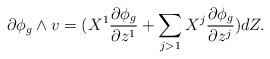
LaTeX: \begin{align*}\partial\phi_g\wedge v = (X^1 \frac{\partial\phi_g}{\partial z^1} + \sum_{j>1} X^j \frac{\partial\phi_g}{\partial z^j}) dZ. \end{align*}